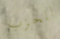
للحزب